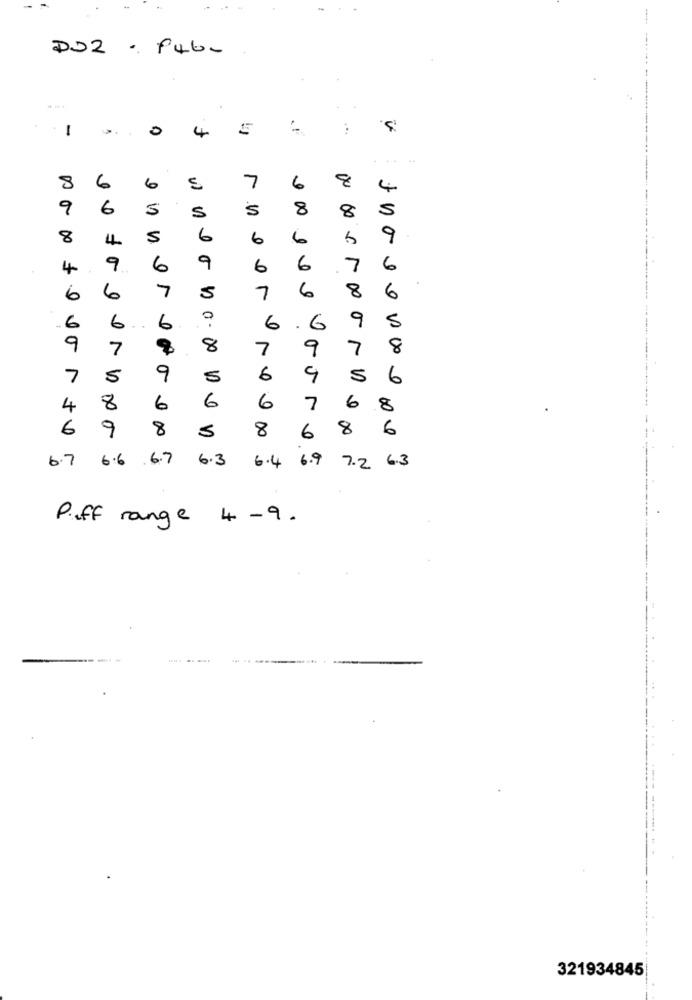
DO2 . Pub-
3.
-
0
4
5
.**
..
8
6
6
5
7
6
4
9
6
5
5
8
8
5
S
8
4
5
6
6
6
9
4
9
6
9
6
6
7
6
7
7
6
8
6
6
5
6
6
9
5
6
6
..
6
9
7
8
7
9
7
8
7
5
9
5
6
9
5
6
6
6
4
8
6
6
7
8
6
9
8
5
8
8
6
6
6.7
6.6
.6.7
6.3
6.4
6.9
7.2 6.3
Puff range
4
-9.
321934845